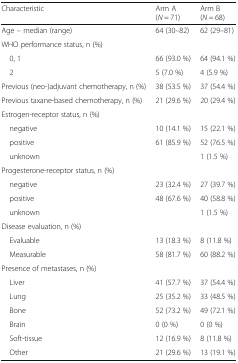
| Characteristic | Arm A (N = 71) | Arm B (N = 68) |
 | --- | --- | --- |
 | Age – median (range) | 64 (30–82) | 62 (29–81) |
 | <COLSPAN=3> WHO performance status, n (%) |
 | 0, 1 | 66 (93.0 %) | 64 (94.1 %) |
 | 2 | 5 (7.0 %) | 4 (5.9 %) |
 | Previous (neo-)adjuvant chemotherapy, n (%) | 38 (53.5 %) | 37 (54.4 %) |
 | Previous taxane-based chemotherapy, n (%) | 21 (29.6 %) | 20 (29.4 %) |
 | <COLSPAN=3> Estrogen-receptor status, n (%) |
 | negative | 10 (14.1 %) | 15 (22.1 %) |
 | positive | 61 (85.9 %) | 52 (76.5 %) |
 | unknown |  | 1 (1.5 %) |
 | <COLSPAN=3> Progesterone-receptor status, n (%) |
 | negative | 23 (32.4 %) | 27 (39.7 %) |
 | positive | 48 (67.6 %) | 40 (58.8 %) |
 | unknown |  | 1 (1.5 %) |
 | <COLSPAN=3> Disease evaluation, n (%) |
 | Evaluable | 13 (18.3 %) | 8 (11.8 %) |
 | Measurable | 58 (81.7 %) | 60 (88.2 %) |
 | <COLSPAN=3> Presence of metastases, n (%) |
 | Liver | 41 (57.7 %) | 37 (54.4 %) |
 | Lung | 25 (35.2 %) | 33 (48.5 %) |
 | Bone | 52 (73.2 %) | 49 (72.1 %) |
 | Brain | 0 (0 %) | 0 (0 %) |
 | Soft-tissue | 12 (16.9 %) | 8 (11.8 %) |
 | Other | 21 (29.6 %) | 13 (19.1 %) |